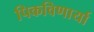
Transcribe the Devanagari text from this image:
पिकविणार्या